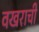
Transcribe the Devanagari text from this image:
वखराची